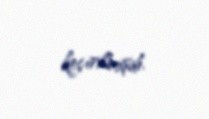
keçirilmişdi.